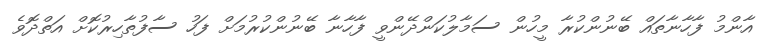
އާންމު ފާހާނާތައް ބޭނުންކުރާ މީހުން ސަމާލުކަންދޭންވީ ފާހާނާ ބޭނުންކުރުމަށް ފަހު ސާފުތާހިރުކޮށް އަތްދޮވެ